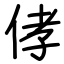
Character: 侾